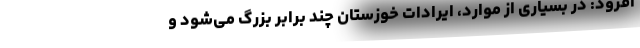
افزود: در بسیاری از موارد، ایرادات خوزستان چند برابر بزرگ می‌شود و